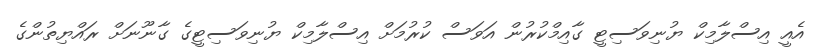
އެއީ އިސްލާމިކް ޔުނިވަސިޓީ ގާއިމްކުރުން އަވަސް ކުރުމަށް އިސްލާމިކް ޔުނިވަސިޓީގެ ގާނޫނަށް ރައްޔިތުންގެ